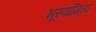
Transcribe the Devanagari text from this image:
भूस्वामित्व